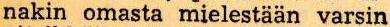
nakin omasta mielestään varsin